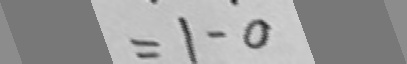
= 1 - 0